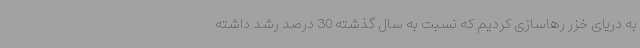
به دریای خزر رهاسازی کردیم که نسبت به سال گذشته 30 درصد رشد داشته